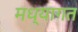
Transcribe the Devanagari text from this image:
मध्यागत